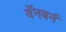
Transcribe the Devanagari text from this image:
वॅनबर्न